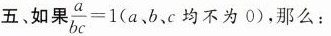
五、如果 $$\frac { a } { b c } = 1$$(a、b、c均不为0)，那么：